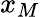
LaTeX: x_{M}